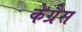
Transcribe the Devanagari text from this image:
केग्रैस